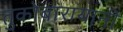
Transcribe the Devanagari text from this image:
तुकोबारायानी